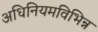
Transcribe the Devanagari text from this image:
अधिनियमविभिन्न